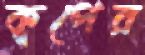
কূপের